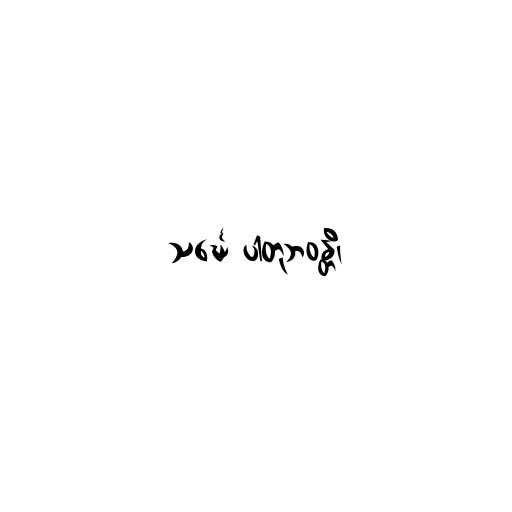
သင်္ဃေ ပါတုဘဝန္တိ၊